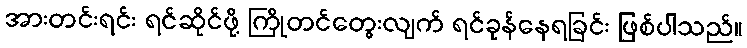
အားတင်းရင်း ရင်ဆိုင်ဖို့ ကြိုတင်တွေးလျက် ရင်ခုန်နေရခြင်း ဖြစ်ပါသည်။